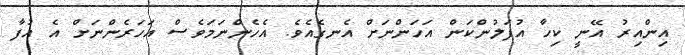
އިންއިރު އޭނީ ކިހާ އުފަލުންކަން އަހަންނަށް އެނގެއެވެ. އެހެންނަމަވެސް އަހަރެންނަށް އެ އުފާ